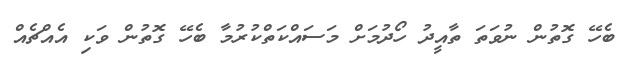
ބެހޭ ގޮތުން ނުވަތަ ތާއީދު ހޯދުމަށް މަސައްކަތްކުރުމާ ބެހޭ ގޮތުން ވަކި އެއްޗެއް